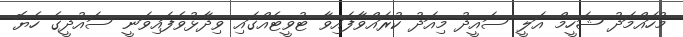
މުހައްމަދު ޝަހީމް އަލީ ސައީދު މިއަދު ކުރައްވާފައިވާ ޓުވީޓެއްގައި ވިދާޅުވެފައިވަނީ ސައުދީގެ ހެޔޮ